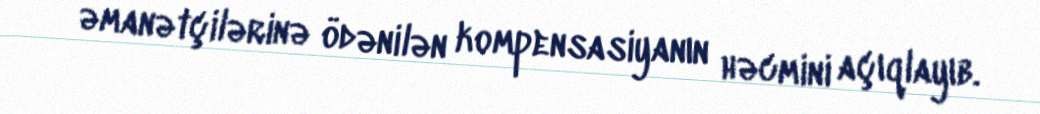
əmanətçilərinə ödənilən kompensasiyanın həcmini açıqlayıb.